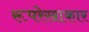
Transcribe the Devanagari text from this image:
रूपरेखाकार